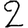
Digit: 2